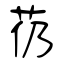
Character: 芿